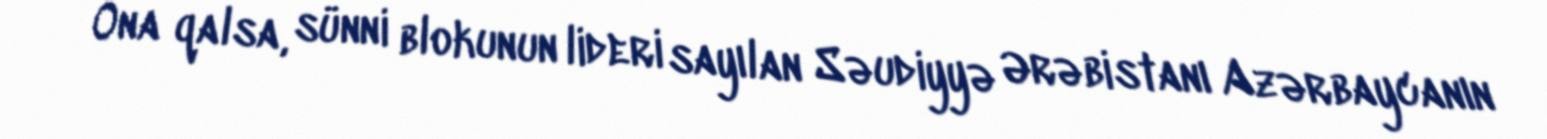
Ona qalsa, sünni blokunun lideri sayılan Səudiyyə Ərəbistanı Azərbaycanın